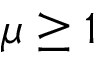
\mu \geq 1